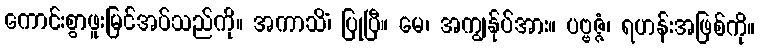
ကောင်းစွာဖူးမြင်အပ်သည်ကို။ အကာသိံ၊ ပြုပြီ။ မေ၊ အကျွန်ုပ်အား။ ပဗ္ဗဇ္ဇံ၊ ရဟန်းအဖြစ်ကို။